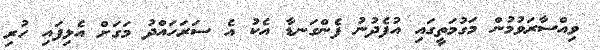
ވިއްސާރަވުމުން މަގުމަތީގައި އުފެދުނު ފެންގަނޑާ އެކު އެ ސަރަހައްދު މަގަށް އެޅިފައި ހުރި